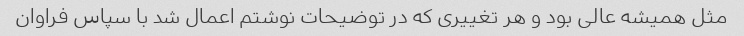
مثل همیشه عالی بود و هر تغییری که در توضیحات نوشتم اعمال شد با سپاس فراوان